Report on vaccination in the Province of Bengal - 1869-1873
Year: 1869
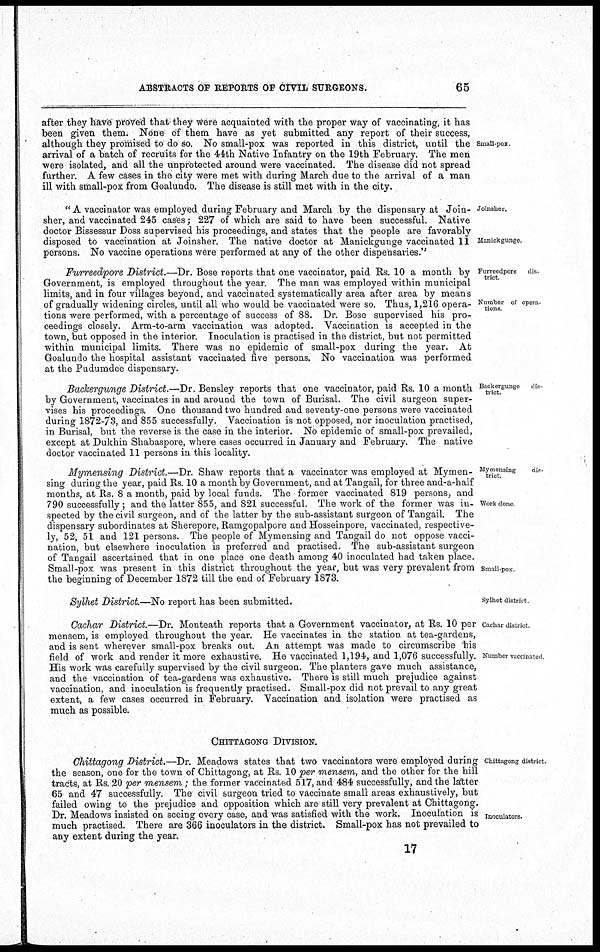
ABSTRACTS OF REPORTS OF CIVIL SURGEONS.
65
Small-pox.
after they have proved that they were acquainted with the proper way of vaccinating, it has
been given them. None of them have as yet submitted any report of their success,
although they promised to do so. No small-pox was reported in this district, until the
arrival of a batch of recruits for the 44th Native Infantry on the 19th February. The men
were isolated, and all the unprotected around were vaccinated. The disease did not spread
further. A few cases in the city were met with during March due to the arrival of a man
ill with small-pox from Goalundo. The disease is still met with in the city.
Joinsher.
Manickgunge.
" A vaccinator was employed during February and March by the dispensary at Join¬
sher, and vaccinated 245 cases; 227 of which are said to have been successful. Native
doctor Bissessur Doss supervised his proceedings, and states that the people are favorably
disposed to vaccination at Joinsher. The native doctor at Manickgunge vaccinated 11
persons. No vaccine operations were performed at any of the other dispensaries."
Furreedpore
dis-
trict
Number of opera¬
tions.
Furreedpore District.—Dr. Bose reports that one vaccinator, paid Rs. 10 a month by
Government, is employed throughout the year. The man was employed within municipal
limits, and in four villages beyond, and vaccinated systematically area after area by means
of gradually widening circles, until all who would be vaccinated were so. Thus, 1,216 opera-
tions were performed, with a percentage of success of 88. Dr. Bose supervised his pro-
ceedings closely. Arm-to-arm vaccination was adopted. Vaccination is accepted in the
town, but opposed in the interior. Inoculation is practised in the district, but not permitted
within municipal limits. There was no epidemic of small-pox during the year. At
Goalundo the hospital assistant vaccinated five persons. No vaccination was performed
at the Pudumdee dispensary.
Backergunge
dis-
trict.
Backergunge District.—Dr. Bensley reports that one vaccinator, paid Rs. 10 a month
by Government, vaccinates in and around the town of Burisal. The civil surgeon super-
vises his proceedings. One thousand two hundred and seventy-one persons were vaccinated
during 1872-73, and 855 successfully. Vaccination is not opposed, nor inoculation practised,
in Burisal, but the reverse is the case in the interior. No epidemic of small-pox prevailed,
except at Dukhin Shabaspore, where cases occurred in January and February. The native
doctor vaccinated 11 persons in this locality.
Mymensing
dis-
trict.
Work done
Small-pox.
Mymensing District.—Dr. Shaw reports that a vaccinator was employed at Mymen¬
sing during the year, paid Rs. 10 a month by Government, and at Tangail, for three and-a-half
months, at Rs. 8 a month, paid by local funds. The former vaccinated 819 persons, and
790 successfully ; and the latter 855, and 821 successful. The work of the former was in-
spected by the civil surgeon, and of the latter by the sub-assistant surgeon of Tangail. The
dispensary subordinates at Sherepore, Ramgopalpore and Hosseinpore, vaccinated, respective-
ly, 52, 51 and 121 persons. The people of Mymensing and Tangail do not oppose vacci-
nation, but elsewhere inoculation is preferred and practised. The sub-assistant surgeon
of Tangail ascertained that in one place one death among 40 inoculated had taken place.
Small-pox was present in this district throughout the year, but was very prevalent from
the beginning of December 1872 till the end of February 1873.
Sylhet district
Sylhet District.—No report has been submitted.
Cachar district
Number vaccinated
Cachar District.—Dr. Monteath reports that a Government vaccinator, at Rs. 10 per
mensem, is employed throughout the year. He vaccinates in the station at tea-gardens,
and is sent wherever small-pox breaks out. An attempt was made to circumscribe his
field of work and render it more exhaustive. He vaccinated 1,194, and 1,076 successfully.
His work was carefully supervised by the civil surgeon. The planters gave much assistance,
and the vaccination of tea-gardens was exhaustive. There is still much prejudice against
vaccination, and inoculation is frequently practised. Small-pox did not prevail to any great
extent, a few cases occurred in February. Vaccination and isolation were practised as
much as possible.
CHITTAGONG DIVISION.
Chittagong district.
Inoculators.
Chittagong District.—Dr. Meadows states that two vaccinators were employed during
the season, one for the town of Chittagong, at Rs. 10 per mensem, and the other for the hill
tracts, at Rs. 20 per mensem ; the former vaccinated 517, and 484 successfully, and the latter
65 and 47 successfully. The civil surgeon tried to vaccinate small areas exhaustively, but
failed owing to the prejudice and opposition which are still very prevalent at Chittagong.
Dr. Meadows insisted on seeing every case, and was satisfied with the work. Inoculation is
much practised. There are 366 inoculators in the district. Small-pox has not prevailed to
any extent during the year.
17